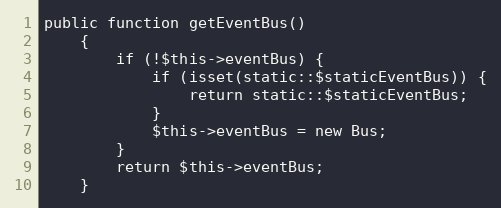
Language: PHP
public function getEventBus()
    {
        if (!$this->eventBus) {
            if (isset(static::$staticEventBus)) {
                return static::$staticEventBus;
            }
            $this->eventBus = new Bus;
        }
        return $this->eventBus;
    }